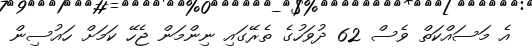
އެ މަސައްކަތް ވެސް 62 ދުވަހުގެ ތެރޭގައި ނިންމަން ޖެހޭ ކަމަށް ހައުސިން